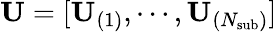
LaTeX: \mathbf{U}=[\mathbf{U}_{(1)},\cdots,\mathbf{U}_{(N_{\mathrm{sub}})}]